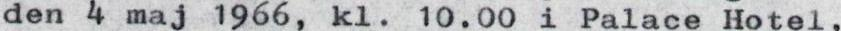
den 4 maj 1966, kl. 10.00 i Palace Hotel,